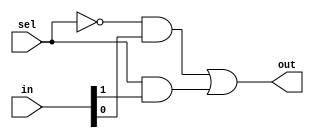
module Mux21(out, in, sel);
    input [1:0] in;
    input sel;
    output out;

    wire notSel, out1, out2;

    not not0(notSel, sel);
    and and0(out1, notSel, in[0]);
    and and1(out2, sel, in[1]);
    or or0(out, out1, out2);

endmodule